Civil Veterinary Department Bengal reports 1923-33 - 1923-1933
Year: 1923
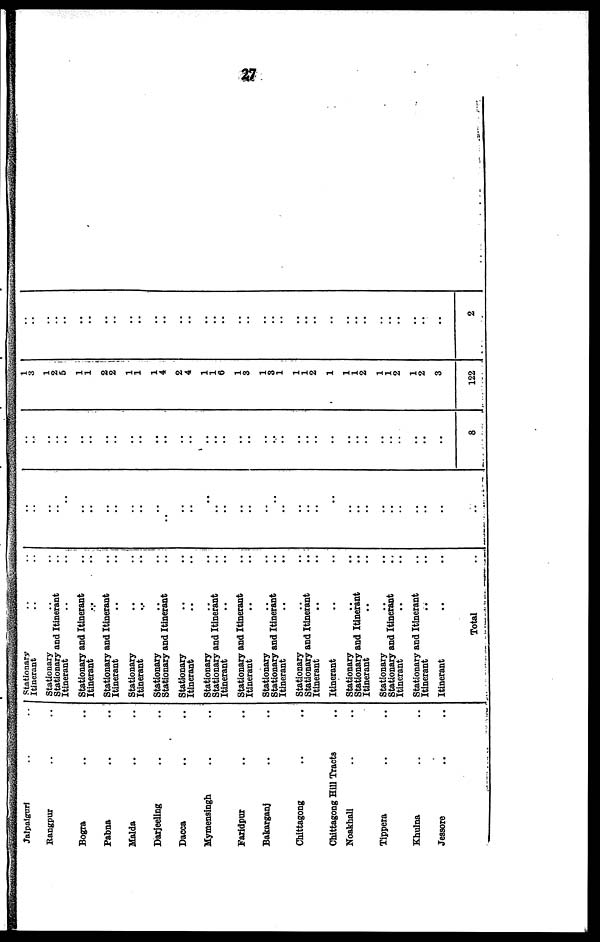
27
Jalpaiguri .. ..
Rangpur .. ..
Bogra .. ..
Pabna .. ..
Malda .. ..
Darjeeling .. ..
Dacca .. ..
Mymensingh .. ..
Faridpur .. ..
Bakarganj .. ..
Chittagong .. ..
Chittagong Hill Tracts ..
Noakhali .. ..
Tippera .. ..
Khulna .. ..
Jessore .. ..
Stationary .. ..
Itinerant .. ..
Stationary .. ..
Stationary and Itinerant ..
Itinerant .. ..
Stationary and Itinerant ..
Itinerant .. ..
Stationary and Itinerant ..
Itinerant .. ..
Stationary .. ..
Itinerant .. ..
Stationary .. ..
Stationary and Itinerant..
Stationary.. ..
Itinerant .. ..
Stationary .. ..
Stationary and Itinerant ..
Itinerant .. ..
Stationary and Itinerant ..
Itinerant .. ..
Stationary .. ..
Stationary and Itinerant ..
Itinerant .. ..
Stationary .. ..
Stationary and Itinerant ..
Itinerant .. ..
Itinerant .. ..
Stationary .. ..
Stationary and Itinerant ..
Itinerant .. ..
Stationary .. ..
Stationary and Itinerant ..
Itinerant .. ..
Stationary and Itinerant .. ..
Itinerant .. ..
Itinerant .. ..
Total ..
..
..
..
..
..
..
..
..
..
..
..
..
..
..
..
..
..
..
..
..
..
..
..
..
..
..
..
..
..
..
..
..
..
..
..
..
..
..
..
..
..
..
..
..
..
..
..
..
..
..
..
..
..
..
..
..
..
..
..
..
..
.. ..
..
..
..
..
..
..
..
..
..
..
8
1
3
1
2
5
1
1
2
2
1
1
1
4
2
4
1
1
6
1
3
1
3
1
1
1
2
1
1
1
2
1
1
2
1
2
3
122
..
..
..
..
..
..
..
..
..
..
..
..
..
..
..
..
..
..
..
..
..
..
..
..
..
..
..
..
..
..
..
..
..
..
..
..
2